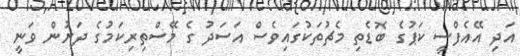
އަދި އޭއެފްސީ ކަޕުގެ ބޮޑެތި މެޗުތަކުގައިވެސް އަސަދު ގެ މޭސްތިރިކަމުގެ ދަށުން ވަނީ